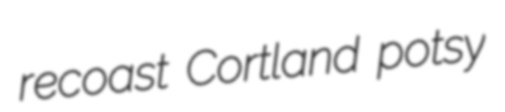
recoast Cortland potsy